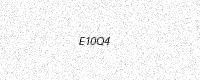
Text: E10Q4